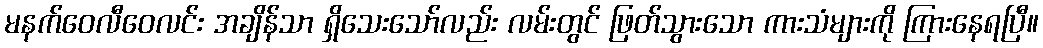
မနက်ဝေလီဝေလင်း အချိန်သာ ရှိသေးသော်လည်း လမ်းတွင် ဖြတ်သွားသော ကားသံများကို ကြားနေရပြီ။